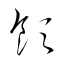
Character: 飲